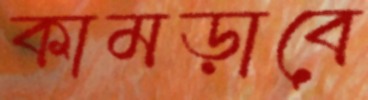
কামড়াবে